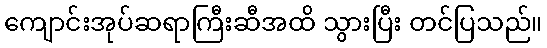
ကျောင်းအုပ်ဆရာကြီးဆီအထိ သွားပြီး တင်ပြသည်။